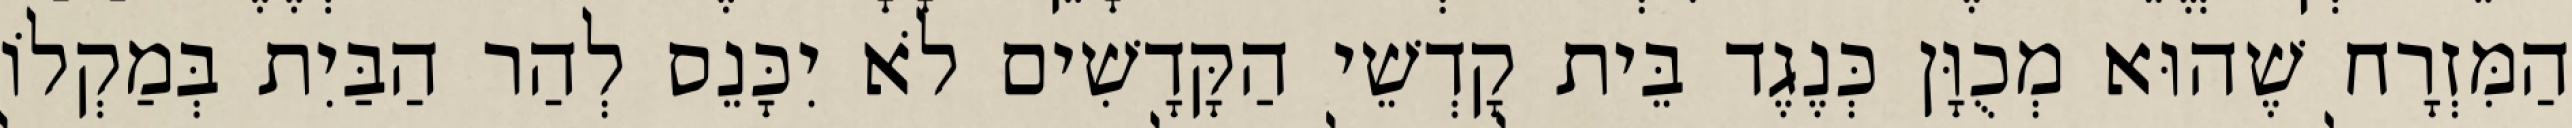
הַמִּזְרָח שֶׁהוּא מְכֻוָּן כְּנֶגֶד בֵּית קָדְשֵׁי הַקָּדָשִׁים לֹא יִכָּנֵס לְהַר הַבַּיִת בְּמַקְלוֹ